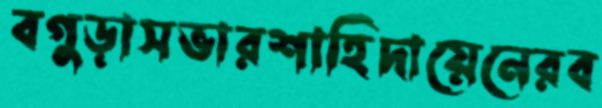
বগুড়াসভারশাহিদায়েনেরব